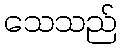
သေသည်